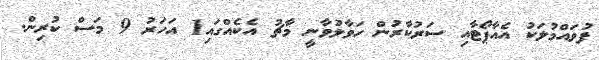
ފުވައްމުލަކު އެއާޕޯޓާއި ސަރުކާރުން ހަވާލުވާނީ މާޗު އެކެއްގައި1 އަހަރު 9 މަސް ކުރިން.